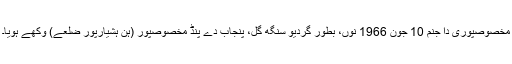
مخصوصپوری دا جنم 10 جون 1966 نوں، بطور گردیو سنگھ گلّ، پنجاب دے پنڈ مخصوصپور (ہن ہشیارپور ضلعے) وکھے ہویا۔